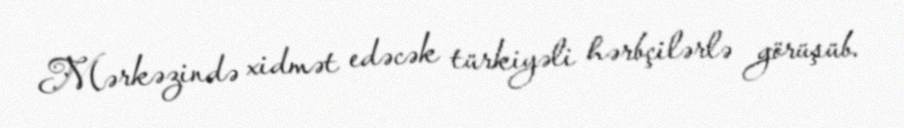
Mərkəzində xidmət edəcək türkiyəli hərbçilərlə görüşüb.